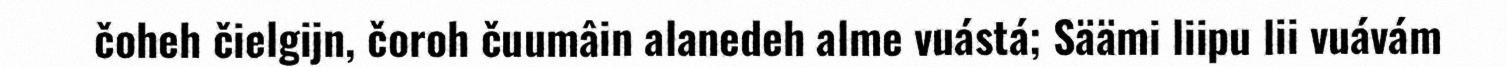
čoheh čielgijn, čoroh čuumâin alanedeh alme vuástá; Säämi liipu lii vuávám